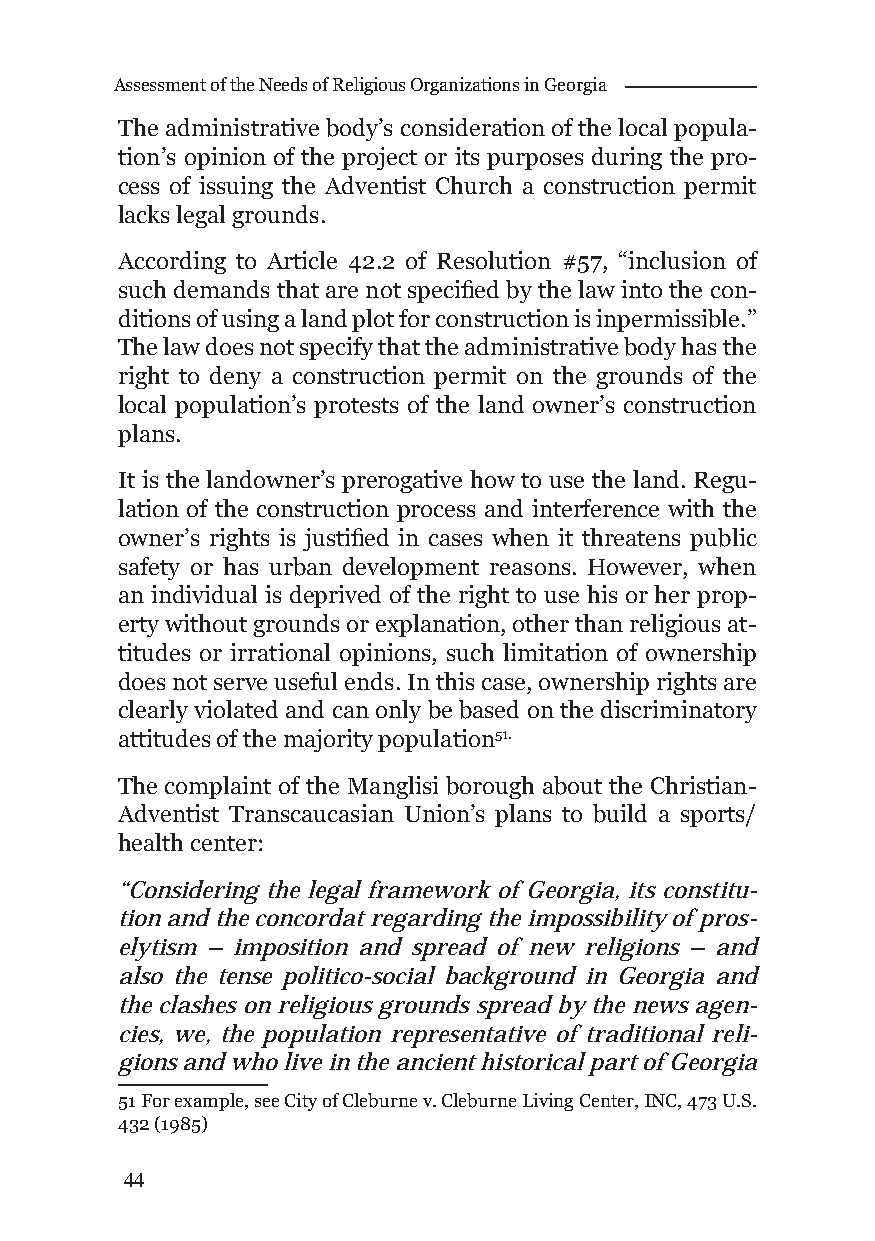
Assessment of the Needs of Religious Organizations in Georgia
 The administrative body’s consideration of the local popula-
 tion’s opinion of the project or its purposes during the pro-
 cess of issuing the Adventist Church a construction permit
 lacks legal grounds.
 According to Article 42.2 of Resolution #57, “inclusion of
 such demands that are not specifi ed by the law into the con-
 ditions of using a land plot for construction is inpermissible.”
 The law does not specify that the administrative body has the
 right to deny a construction permit on the grounds of the
 local population’s protests of the land owner’s construction
 plans.
 It is the landowner’s prerogative how to use the land. Regu-
 lation of the construction process and interference with the
 owner’s rights is justifi ed in cases when it threatens public
 safety or has urban development reasons. However, when
 an individual is deprived of the right to use his or her prop-
 erty without grounds or explanation, other than religious at-
 titudes or irrational opinions, such limitation of ownership
 does not serve useful ends. In this case, ownership rights are
 clearly violated and can only be based on the discriminatory
 attitudes of the majority population51.
 The complaint of the Manglisi borough about the Christian-
 Adventist Transcaucasian Union’s plans to build a sports/
 health center:
 “Considering the legal framework of Georgia, its constitu-
 tion and the concordat regarding the impossibility of pros-
 elytism – imposition and spread of new religions – and
 also the tense politico-social background in Georgia and
 the clashes on religious grounds spread by the news agen-
 cies, we, the population representative of traditional reli-
 gions and who live in the ancient historical part of Georgia
 51 For example, see City of Cleburne v. Cleburne Living Center, INC, 473 U.S.
 432 (1985)
 44